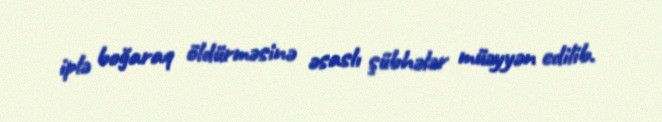
iplə boğaraq öldürməsinə əsaslı şübhələr müəyyən edilib.